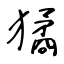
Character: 獝